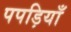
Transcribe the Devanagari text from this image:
पपड़ियाँ